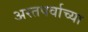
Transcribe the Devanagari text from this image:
अस्तपर्वाच्या